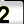
Digit: 2